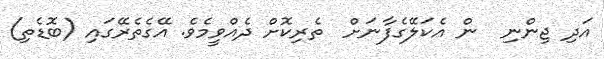
އަދި ޖިންނި  ން އެކަލޭގެފާނަށް  ތެރިކޮށް ދެއްވީމެވެ. އޭގެތެރޭގައި (ބޮޑެތި)